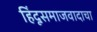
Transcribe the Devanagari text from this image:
हिंदूसमाजवादाचा